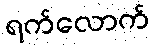
ရက်လောက်